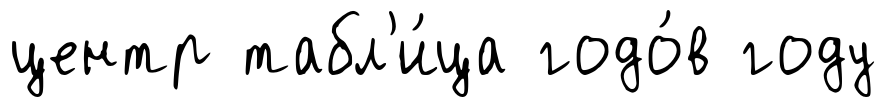
центр табл'и́ца годо́в году